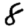
Digit: 8